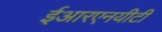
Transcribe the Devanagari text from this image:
ईआरएनयीटी